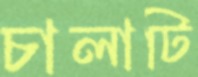
চালাটি